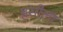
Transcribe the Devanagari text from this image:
हसीला